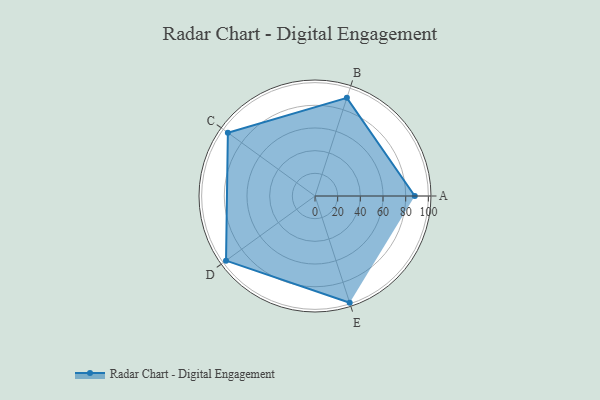
{"axis": {"x": "Skill", "y": "Score"}, "legend": ["Profile"], "data": [{"x": "A", "y": 88.0, "type": "Profile"}, {"x": "B", "y": 91.0, "type": "Profile"}, {"x": "C", "y": 95.0, "type": "Profile"}, {"x": "D", "y": 97.0, "type": "Profile"}, {"x": "E", "y": 99, "type": "Profile"}]}